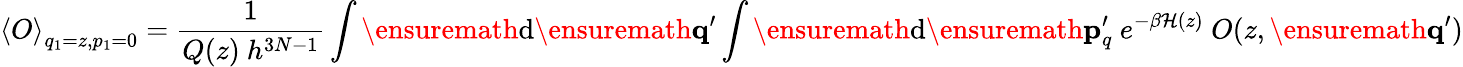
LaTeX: \left<O\right>_{q_{1}=z,p_{1}=0}=\frac{1}{Q(z)\ h^{3N-1}}\int\ensuremath{\mathrm{d}}\ensuremath{\mathbf{q}}^{\prime}\int\ensuremath{\mathrm{d}}\ensuremath{\mathbf{p}}_{q}^{\prime}\ e^{-\beta\mathcal{H}(z)}\ O(z,\ensuremath{\mathbf{q}}^{\prime})